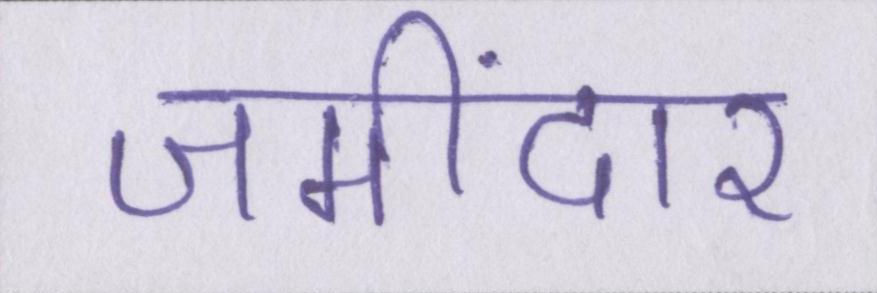
जमींदार